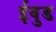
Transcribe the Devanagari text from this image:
ईवुड